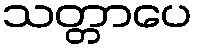
သတ္တာပေ